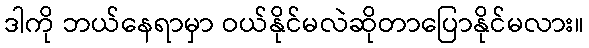
ဒါကို ဘယ်နေရာမှာ ဝယ်နိုင်မလဲဆိုတာပြောနိုင်မလား။